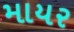
માયર